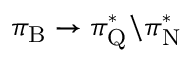
\pi _ { \mathrm { B } } \rightarrow \pi _ { \mathrm { Q } } ^ { * } \backslash \pi _ { \mathrm { N } } ^ { * }